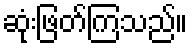
ဆုံးဖြတ်ကြသည်။